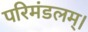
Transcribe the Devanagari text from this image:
परिमंडलम्।